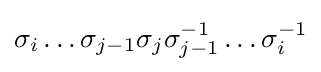
\sigma _{i}\dots \sigma _{j-1}\sigma _{j}\sigma _{j-1}^{-1}\dots \sigma _{i}^{-1}